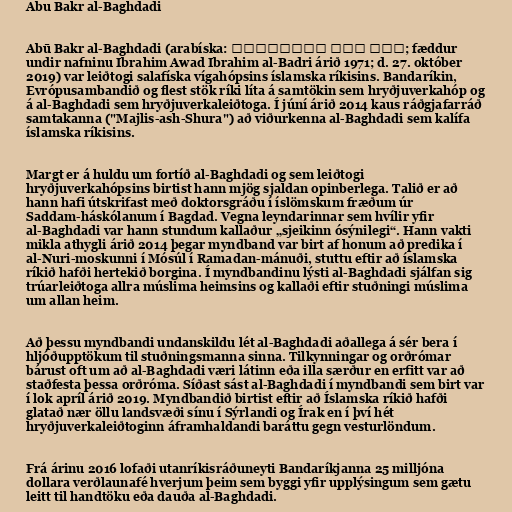
Abu Bakr al-Baghdadi

Abū Bakr al-Baghdadi (arabíska: أبو بكر البغدادي; fæddur
undir nafninu Ibrahim Awad Ibrahim al-Badri árið 1971; d. 27. október
2019) var leiðtogi salafíska vígahópsins íslamska ríkisins. Bandaríkin,
Evrópusambandið og flest stök ríki líta á samtökin sem hryðjuverkahóp og
á al-Baghdadi sem hryðjuverkaleiðtoga. Í júní árið 2014 kaus ráðgjafarráð
samtakanna ("Majlis-ash-Shura") að viðurkenna al-Baghdadi sem kalífa
íslamska ríkisins.

Margt er á huldu um fortíð al-Baghdadi og sem leiðtogi
hryðjuverkahópsins birtist hann mjög sjaldan opinberlega. Talið er að
hann hafi útskrifast með doktorsgráðu í íslömskum fræðum úr
Saddam-háskólanum í Bagdad. Vegna leyndarinnar sem hvílir yfir
al-Baghdadi var hann stundum kallaður „sjeikinn ósýnilegi“. Hann vakti
mikla athygli árið 2014 þegar myndband var birt af honum að predika í
al-Nuri-moskunni í Mósúl í Ramadan-mánuði, stuttu eftir að íslamska
ríkið hafði hertekið borgina. Í myndbandinu lýsti al-Baghdadi sjálfan sig
trúarleiðtoga allra múslima heimsins og kallaði eftir stuðningi múslima
um allan heim.

Að þessu myndbandi undanskildu lét al-Baghdadi aðallega á sér bera í
hljóðupptökum til stuðningsmanna sinna. Tilkynningar og orðrómar
bárust oft um að al-Baghdadi væri látinn eða illa særður en erfitt var að
staðfesta þessa orðróma. Síðast sást al-Baghdadi í myndbandi sem birt var
í lok apríl árið 2019. Myndbandið birtist eftir að Íslamska ríkið hafði
glatað nær öllu landsvæði sínu í Sýrlandi og Írak en í því hét
hryðjuverkaleiðtoginn áframhaldandi baráttu gegn vesturlöndum.

Frá árinu 2016 lofaði utanríkisráðuneyti Bandaríkjanna 25 milljóna
dollara verðlaunafé hverjum þeim sem byggi yfir upplýsingum sem gætu
leitt til handtöku eða dauða al-Baghdadi.